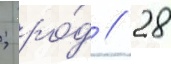
; ро́д // 28